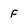
Character: f